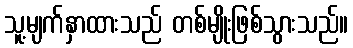
သူ့မျက်နှာထားသည် တစ်မျိုးဖြစ်သွားသည်။